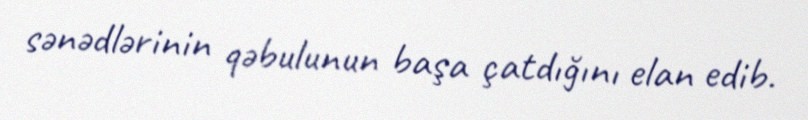
sənədlərinin qəbulunun başa çatdığını elan edib.